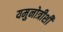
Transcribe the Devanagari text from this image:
यमुनोत्रीशी